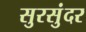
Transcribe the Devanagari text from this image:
सुरसुंदर